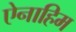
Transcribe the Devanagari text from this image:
ऐनाहिम